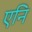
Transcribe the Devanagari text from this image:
एनि